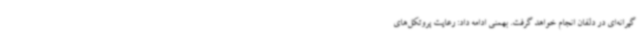
گیرانه‌ای در دلفان انجام خواهد گرفت. بهمنی ادامه داد: رعایت پروتکل‌های